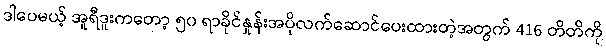
ဒါပေမယ့် အူရီဒူးကတော့ ၅၀ ရာခိုင်နှုန်းအပိုလက်ဆောင်ပေးထားတဲ့အတွက် 416 တိတိကို